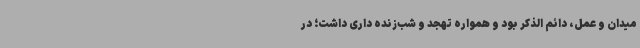
میدان و عمل، دائم الذکر بود و همواره تهجد و شب‌زنده داری داشت؛ در